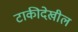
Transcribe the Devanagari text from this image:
टाकीदेखील